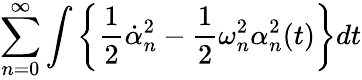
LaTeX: \sum_{n=0}^{\infty}\int\left\{ \frac 12\dot{\alpha}_{n}^{2}-\frac 12\omega_{n}^{2}\alpha_{n}^{2}(t)\right\} dt